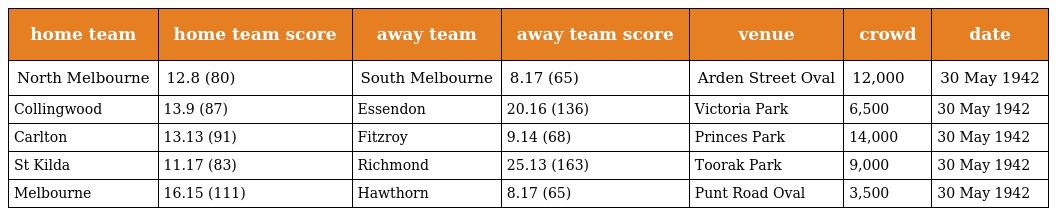
| home team | home team score | away team | away team score | venue | crowd | date |
 | --- | --- | --- | --- | --- | --- | --- |
 | North Melbourne | 12.8 (80) | South Melbourne | 8.17 (65) | Arden Street Oval | 12,000 | 30 May 1942 |
 | Collingwood | 13.9 (87) | Essendon | 20.16 (136) | Victoria Park | 6,500 | 30 May 1942 |
 | Carlton | 13.13 (91) | Fitzroy | 9.14 (68) | Princes Park | 14,000 | 30 May 1942 |
 | St Kilda | 11.17 (83) | Richmond | 25.13 (163) | Toorak Park | 9,000 | 30 May 1942 |
 | Melbourne | 16.15 (111) | Hawthorn | 8.17 (65) | Punt Road Oval | 3,500 | 30 May 1942 |